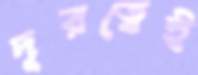
দূরত্বেই